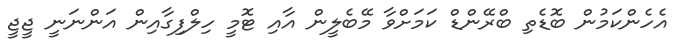
އެހެންކަމުން ބޮޑެތި ބްރޭންޑް ކަމަށްވާ މޭބެލީން އާއި ޓޮމީ ހިލްފިގާއިން އަންނަނީ ޖީޖީ